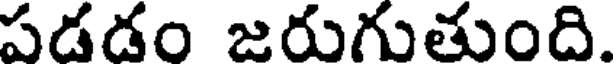
పడడం జరుగుతుంది.